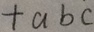
+ a b c